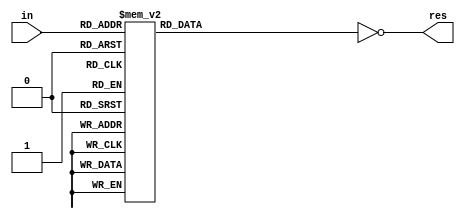
module SSD 
(
in,
res
);
input [3:0] in;
output [6:0] res;
reg [6:0] out;
always @(in) begin
  
case(in)
4'd0: out <= 7'h3f;
4'd1: out <= 7'h06;
4'd2: out <= 7'h5b;
4'd3: out <= 7'h4f;
4'd4: out <= 7'h66;
4'd5: out <= 7'h6d;
4'd6: out <= 7'h7d;
4'd7: out <= 7'h07;
4'd8: out <= 7'h7f;
4'd9: out <= 7'h6f;
default: out<=7'h3f;

endcase

end
assign res = ~ out;

endmodule